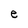
Character: e